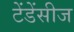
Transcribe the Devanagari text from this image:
टेंडेंसीज